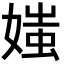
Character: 媸